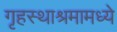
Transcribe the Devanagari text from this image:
गृहस्थाश्रमामध्ये